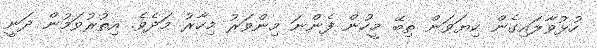
ހުޅުވާލައިގެން ކިޔަވަން ތިބޭ މީހުން ފެންނަ މިންވަރު މިހާރު މަދެވެ. އިތުރުވަމުން ދަނީ